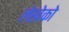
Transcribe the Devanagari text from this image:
लेखेको